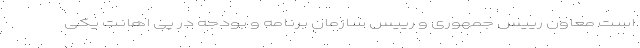
است معاون رییس جمهوری و رییس سازمان برنامه و بودجه در پی اهانت یکی